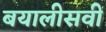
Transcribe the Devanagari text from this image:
बयालीसवीं